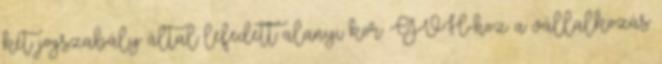
két jogszabály által lefedett alanyi kör: GVH-hoz a vállalkozás